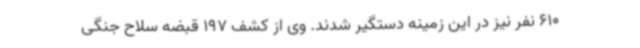
610 نفر نیز در این زمینه دستگیر شدند. وی از کشف 197 قبضه سلاح جنگی